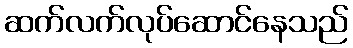
ဆက်လက်လုပ်ဆောင်နေသည်